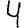
Digit: 4